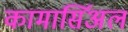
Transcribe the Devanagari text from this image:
कामार्सिअल